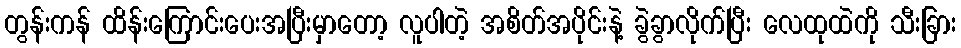
တွန်းကန် ထိန်းကြောင်းပေးအပြီးမှာတော့ လူပါတဲ့ အစိတ်အပိုင်းနဲ့ ခွဲခွာလိုက်ပြီး လေထုထဲကို သီးခြား